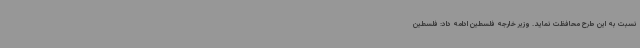
نسبت به این طرح محافظت نماید. وزیر خارجه فلسطین ادامه داد: فلسطین